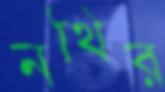
নথির